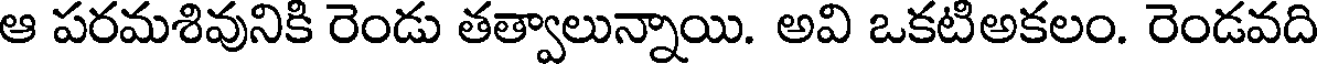
ఆ పరమశివునికి రెండు తత్వాలున్నాయి. అవి ఒకటిఅకలం. రెండవది